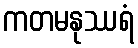
ကတမနုဿရံ